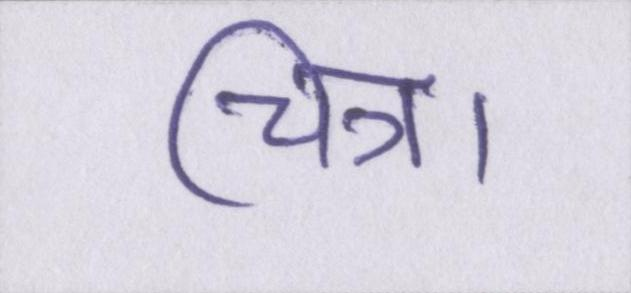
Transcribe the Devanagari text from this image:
चित्र।